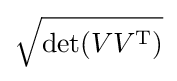
{\sqrt {\det(VV^{\mathrm {T} })}}